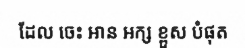
ដែល ចេះ អាន អក្ស ខ្ពួស បំផុត